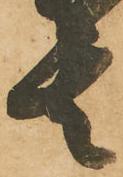
其